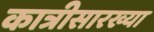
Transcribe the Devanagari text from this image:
कात्रीसारख्या